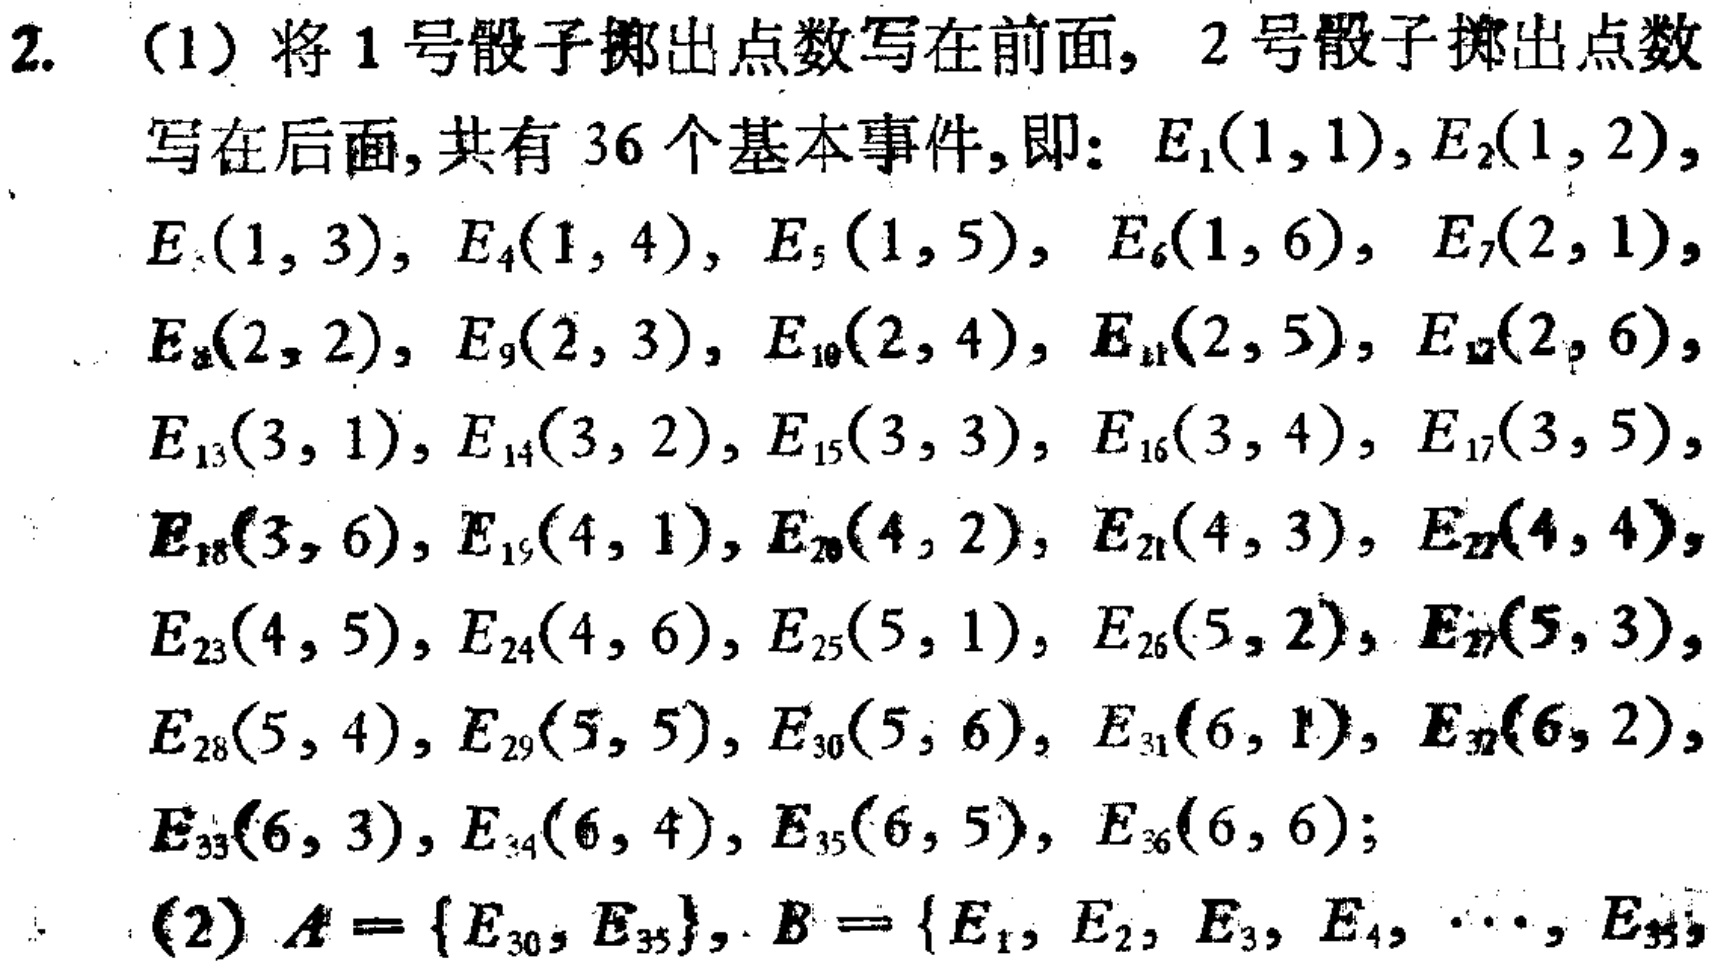
2. (1) 将1号骰子掷出点数写在前面，2号骰子掷出点数写在后面，共有36个基本事件，即：$E_1(1,1),E_2(1,2),E_3(1,3),E_4(1,4),E_5(1,5),E_6(1,6),E_7(2,1),E_8(2,2),E_9(2,3),E_{10}(2,4),E_{11}(2,5),E_{12}(2,6),E_{13}(3,1),E_{14}(3,2),E_{15}(3,3),E_{16}(3,4),E_{17}(3,5),E_{18}(3,6),E_{19}(4,1),E_{20}(4,2),E_{21}(4,3),E_{22}(4,4),E_{23}(4,5),E_{24}(4,6),E_{25}(5,1),E_{26}(5,2),E_{27}(5,3),E_{28}(5,4),E_{29}(5,5),E_{30}(5,6),E_{31}(6,1),E_{32}(6,2),E_{33}(6,3),E_{34}(6,4),E_{35}(6,5),E_{36}(6,6)$;

(2) $A = \{E_{30},E_{35}\}, B=\{E_1,E_2,E_3,E_4,\cdots,E_{35}\}$